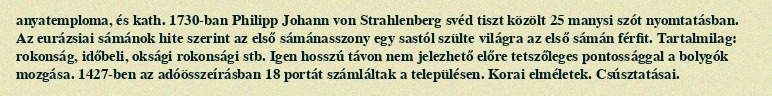
anyatemploma, és kath. 1730-ban Philipp Johann von Strahlenberg svéd tiszt közölt 25 manysi szót nyomtatásban. Az eurázsiai sámánok hite szerint az első sámánasszony egy sastól szülte világra az első sámán férfit. Tartalmilag: rokonság, időbeli, oksági rokonsági stb. Igen hosszú távon nem jelezhető előre tetszőleges pontossággal a bolygók mozgása. 1427-ben az adóösszeírásban 18 portát számláltak a településen. Korai elméletek. Csúsztatásai.